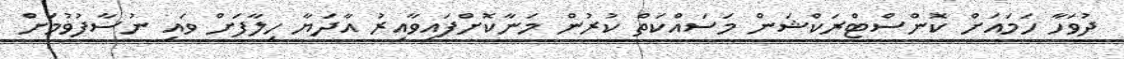
ދުވަހާ ހަމައަށް ކޮންސްޓްރަކްޝަން މަސައްކަތް ކުރުން މަނާކޮށްފައިވާއިރު އާދަަޔާ ހިލާފަށް ވައި ނުސާފުވުމަށް